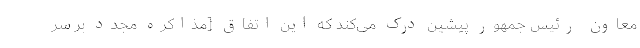
معاون رئیس جمهور پیشین درک می‌کند که این اتفاق [مذاکره مجدد بر سر